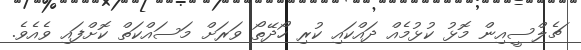
ޗެލްސީއިން މޮޅު ކުޅުމެއް ދައްކައި ކުރި ހޯދޭތޯ ވަރަށް މަސައްކަތް ކޮށްފައި ވެއެވެ.